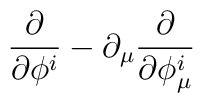
\frac{\partial}{\partial \phi^i} - \partial_{\mu}\frac{\partial}{\partial \phi^i_{\mu}}